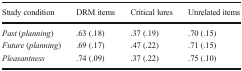
<table><thead><tr><td><b>Study condition</b></td><td><b>DRM items</b></td><td><b>Critical lures</b></td><td><b>Unrelated items</b></td></tr></thead><tbody><tr><td><i>Past</i> (<i>planning</i>)</td><td>.63 (.18)</td><td>.37 (.19)</td><td>.70 (.15)</td></tr><tr><td><i>Future</i> (<i>planning</i>)</td><td>.69 (.17)</td><td>.47 (.22)</td><td>.71 (.15)</td></tr><tr><td><i>Pleasantness</i></td><td>.74 (.09)</td><td>.37 (.22)</td><td>.75 (.10)</td></tr></tbody></table>